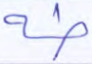
طه